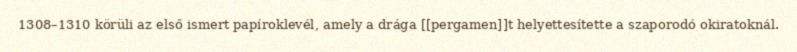
1308–1310 körüli az első ismert papíroklevél, amely a drága [[pergamen]]t helyettesítette a szaporodó okiratoknál.